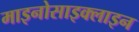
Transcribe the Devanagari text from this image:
माइनोसाइक्लाइन